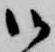
御